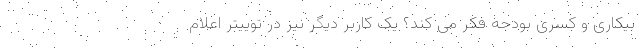
بیکاری و کسری بودجه فکر می کند؟ یک کاربر دیگر نیز در توییتر اعلام